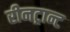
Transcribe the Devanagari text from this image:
रीनट्रान्ट